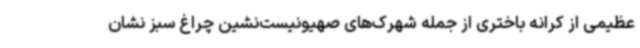
عظیمی از کرانه باختری از جمله شهرک‌های صهیونیست‌نشین چراغ سبز نشان